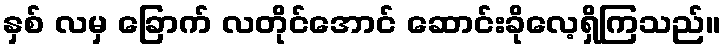
နှစ် လမှ ခြောက် လတိုင်အောင် ဆောင်းခိုလေ့ရှိကြသည်။